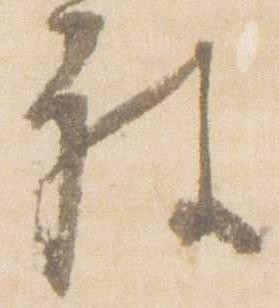
被